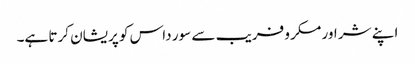
اپنے شر اور مکر و فریب سے سور داس کو پریشان کرتا ہے۔